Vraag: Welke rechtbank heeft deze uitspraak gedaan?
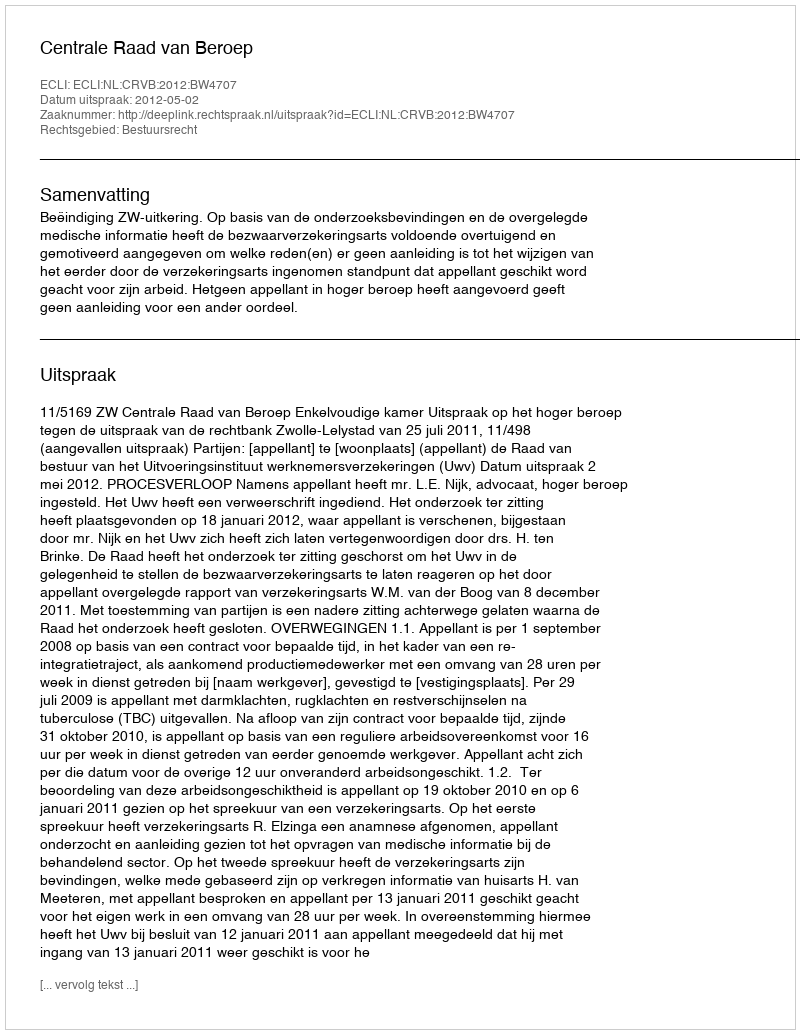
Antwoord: Centrale Raad van Beroep